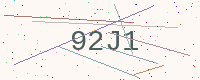
Text: 92J1